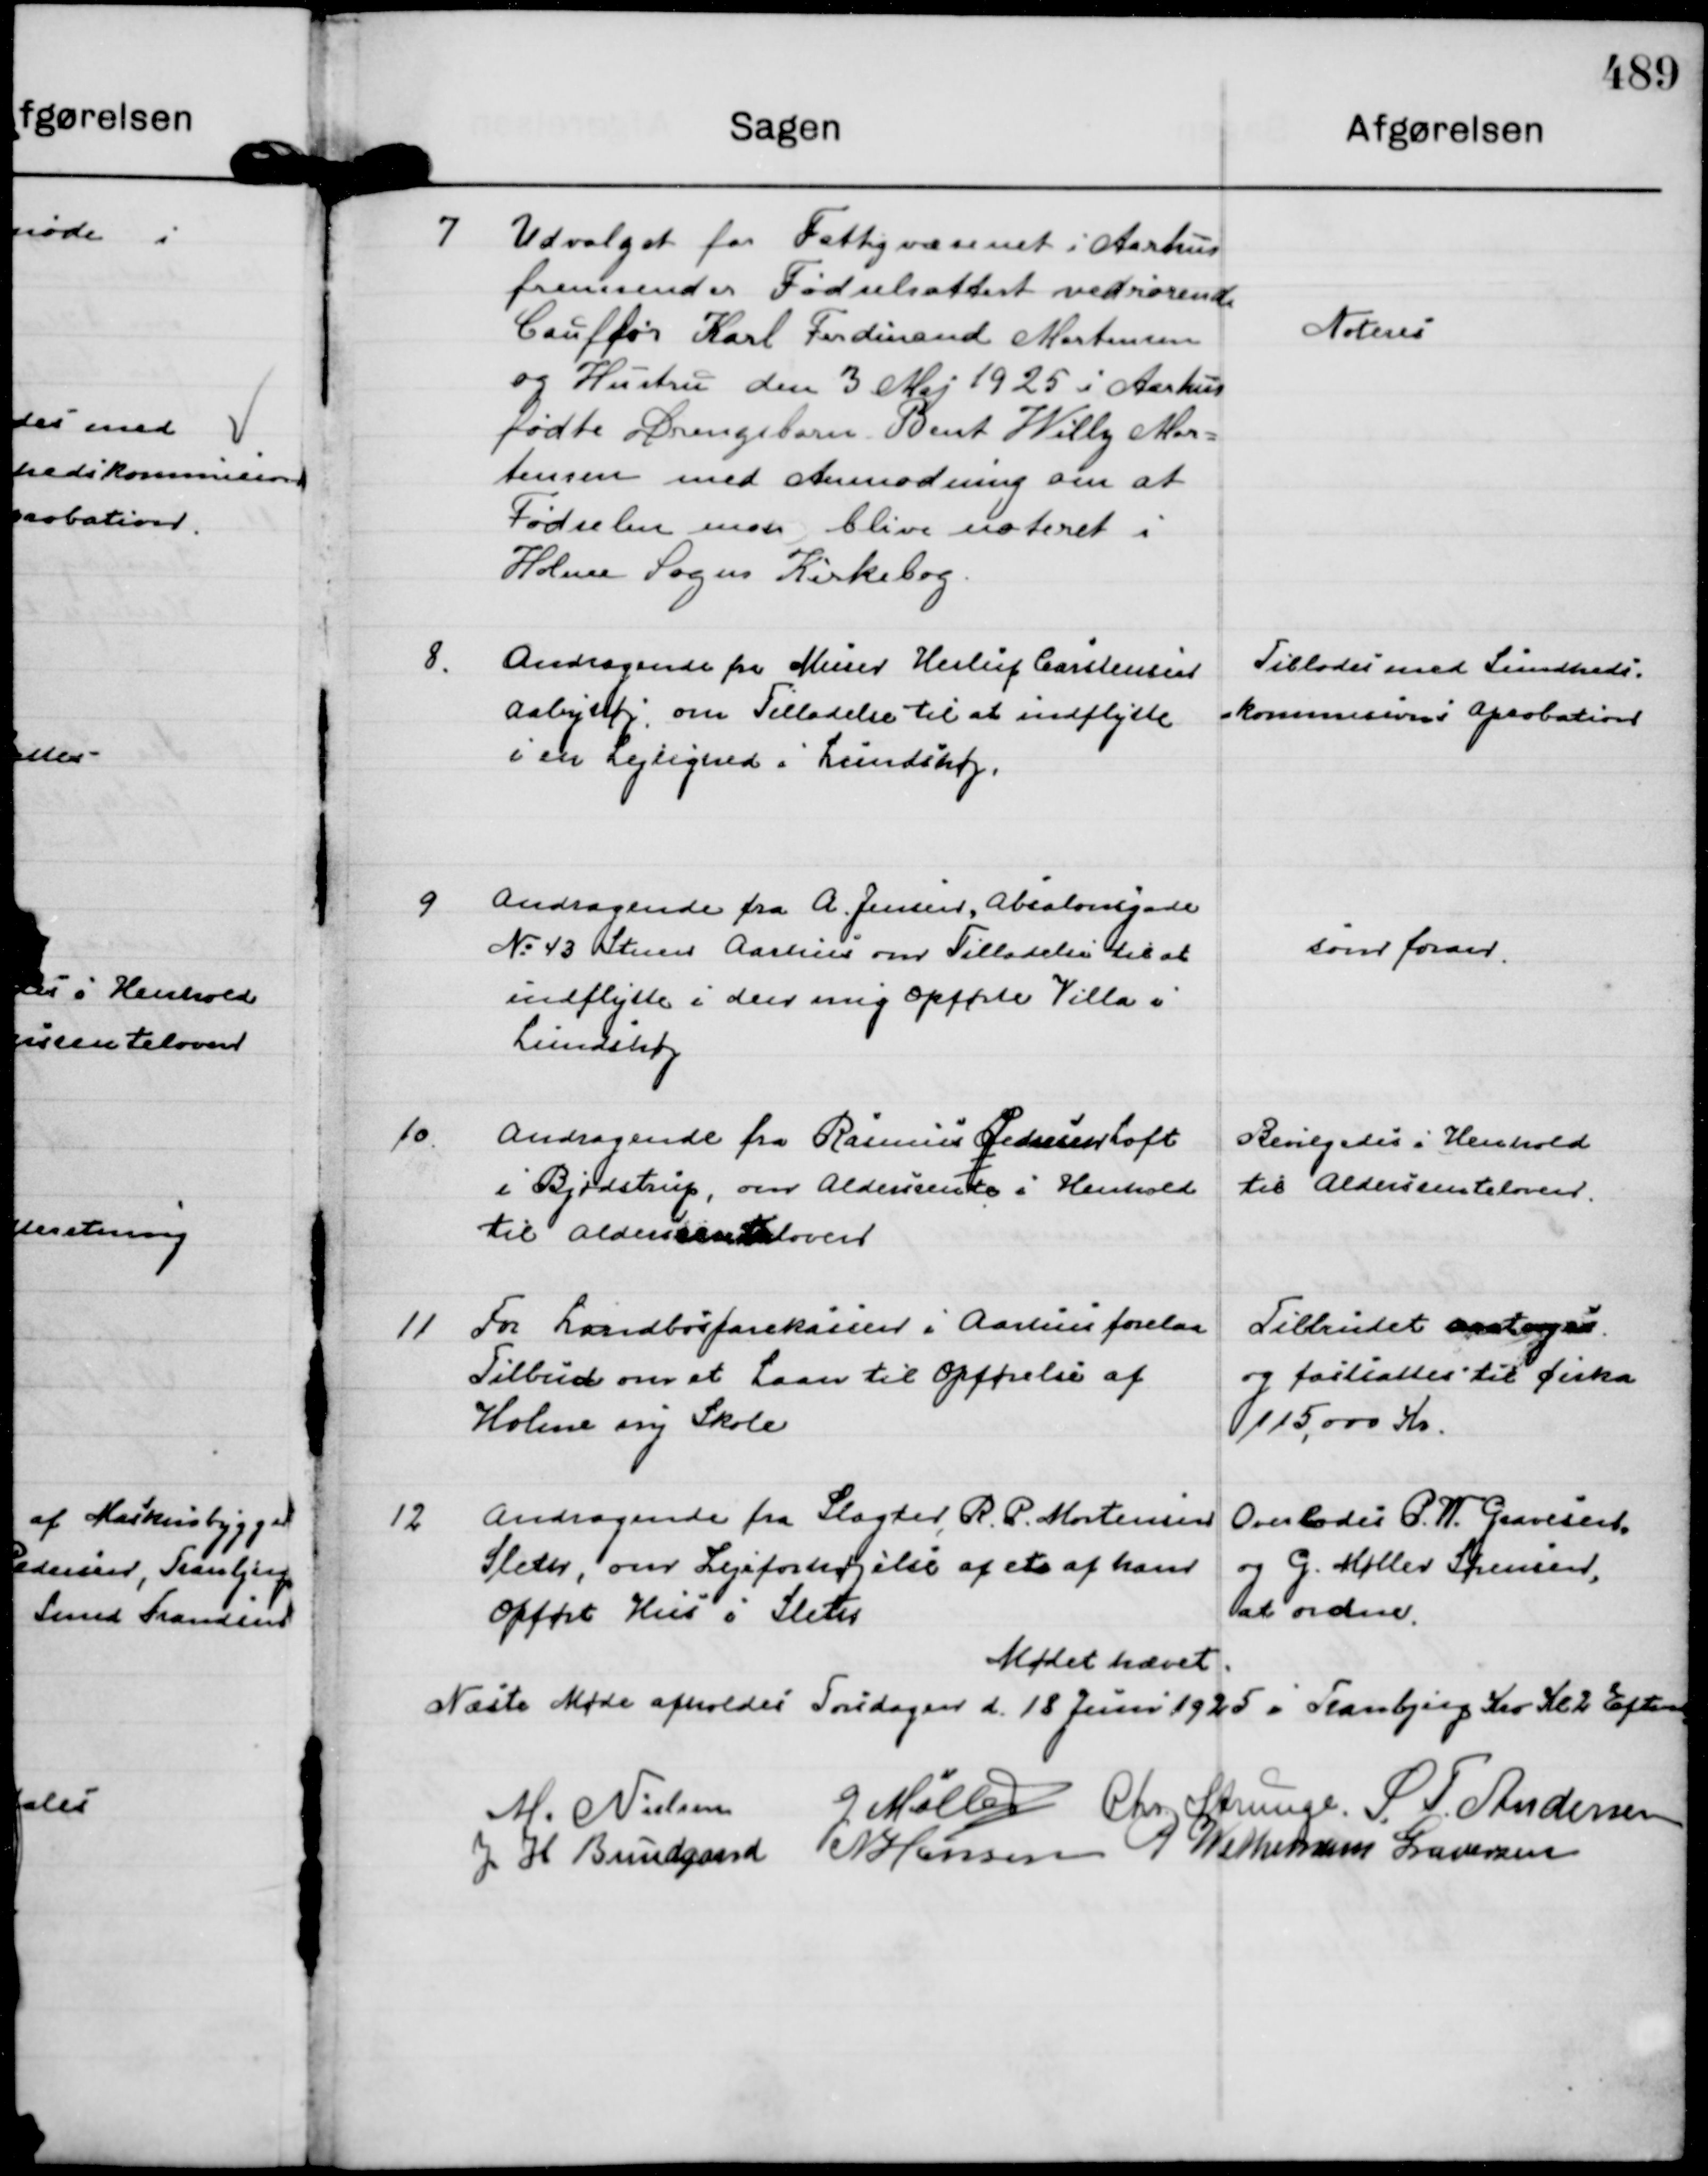
Transskription:
7
Udvalget for Fattigvæsenet i Aarhus
fremsender Fødselsattest vedrørende
Cauffør Jarl Ferdinand Mortensen
og Hustru den 3 Maj 1925 i Aarhus
fødte Drengebarn Bent Willy Mor=
tensen med Anmodning om at
Fødselen maa blive noteret i
Holme Sogns Kirkebog.

Noteres

8.
Andragende fra Murer Herluf Carstensen
Aabyhøj om Tilladelse til at indflytte
i en Lejlighed i Lundshøj.

Tillodes med Sundheds=
=kommisionens Aprobation

9
Andragende fra A. Jensen, Absalonsgade
No 43 Stuen Aarhus om Tilladelse til at
indflytte i den mig opførte Villa i
Lundshøj

som foran.

10.
Andragende fra Rasmus Pedersen Loft
i Bjødstrup, om Aldersrente i Henhold
til Aldersrenteloven

Bevilgedes i Henhold
til Aldersrenteloven.

11
For Landbosparekassen i Aarhus forelaa
Tilbud om et Laan til Opførelse af
Holme ny Skole

Tilbudet antoges
og fastsattes til cirka
115.000 Kr.

12
Andragende fra Slagter R. P. Mortensen
Sleth, om Lejeforhøjelse af et af ham
Opført Hus i Sleth

Overlodes P. W. Gravesen.
og G. Møller Sørensen,
at ordne.

Mødet hævet.
Næste Møde afholdes Torsdagen d. 18 Juni 1925 i Tranbjerg Kro Kl 2 Eftm

M. Nielsen
G Møller
Chr Strunge
S. T. Andersen
J H Bundgaard
N Hansen
P Wethemann Graversen